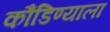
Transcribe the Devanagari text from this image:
कौंडिण्याला